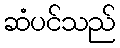
ဆံပင်သည်